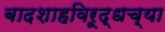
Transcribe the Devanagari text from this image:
बादशाहविरूद्धच्या